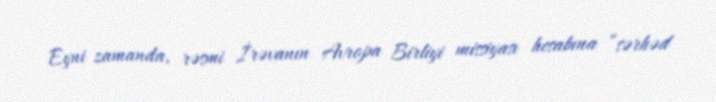
Eyni zamanda, rəsmi İrəvanın Avropa Birliyi missiyası hesabına “sərhəd